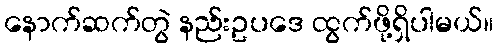
နောက်ဆက်တွဲ နည်းဥပဒေ ထွက်ဖို့ရှိပါမယ်။